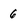
Character: 6